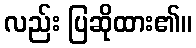
လည်း ပြဆိုထား၏။